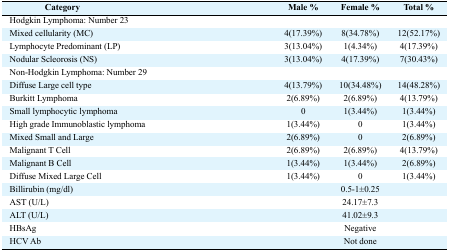
<table><thead><tr><td><b>Category</b></td><td><b>Male %</b></td><td><b>Female %</b></td><td><b>Total %</b></td></tr></thead><tbody><tr><td>Hodgkin Lymphoma: Number 23</td><td></td><td></td><td></td></tr><tr><td>Mixed cellularity (MC)</td><td>4(17.39%)</td><td>8(34.78%)</td><td>12(52.17%)</td></tr><tr><td>Lymphocyte Predominant (LP)</td><td>3(13.04%)</td><td>1(4.34%)</td><td>4(17.39%)</td></tr><tr><td>Nodular Scleorosis (NS)</td><td>3(13.04%)</td><td>4(17.39%)</td><td>7(30.43%)</td></tr><tr><td>Non-Hodgkin Lymphoma: Number 29</td><td></td><td></td><td></td></tr><tr><td>Diffuse Large cell type</td><td>4(13.79%)</td><td>10(34.48%)</td><td>14(48.28%)</td></tr><tr><td>Burkitt Lymphoma</td><td>2(6.89%)</td><td>2(6.89%)</td><td>4(13.79%)</td></tr><tr><td>Small lymphocytic lymphoma</td><td>0</td><td>1(3.44%)</td><td>1(3.44%)</td></tr><tr><td>High grade Immunoblastic lymphoma</td><td>1(3.44%)</td><td>0</td><td>1(3.44%)</td></tr><tr><td>Mixed Small and Large</td><td>2(6.89%)</td><td>0</td><td>2(6.89%)</td></tr><tr><td>Malignant T Cell</td><td>2(6.89%)</td><td>2(6.89%)</td><td>4(13.79%)</td></tr><tr><td>Malignant B Cell</td><td>1(3.44%)</td><td>1(3.44%)</td><td>2(6.89%)</td></tr><tr><td>Diffuse Mixed Large Cell</td><td>1(3.44%)</td><td>0</td><td>1(3.44%)</td></tr><tr><td>Billirubin (mg/dl)</td><td></td><td>0.5–1±0.25</td><td></td></tr><tr><td>AST (U/L)</td><td></td><td>24.17±7.3</td><td></td></tr><tr><td>ALT (U/L)</td><td></td><td>41.02±9.3</td><td></td></tr><tr><td>HBsAg</td><td></td><td>Negative</td><td></td></tr><tr><td>HCV Ab</td><td></td><td>Not done</td><td></td></tr></tbody></table>